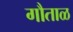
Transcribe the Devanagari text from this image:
गौताळ